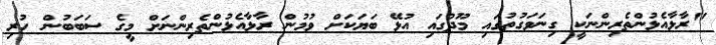
"ރާޅާއެޅުންތެރިންނަކީ ގިނަވަގުތުގައި މޫދުގައި އުޅޭ ބަޔަކަށް ވުމުން ރާޅާއެޅުންތެރިންނަށް މީގެ ސަބަބުން ހުރި